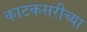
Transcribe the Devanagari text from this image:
काटकसरीच्या